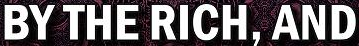
BY THE RICH,AND